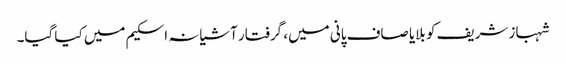
شہباز شریف کو بلایا صاف پانی میں، گرفتار آشیانہ اسکیم میں کیا گیا۔